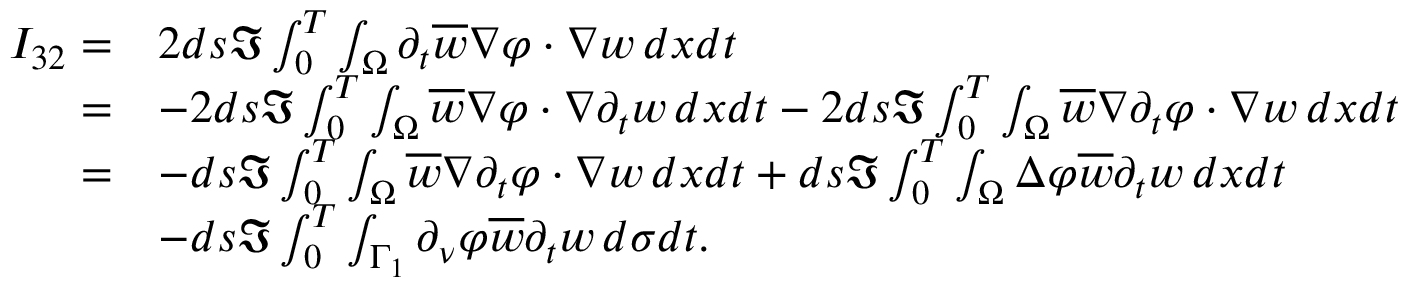
\begin{array} { r l } { I _ { 3 2 } = } & { 2 d s \Im \int _ { 0 } ^ { T } \int _ { \Omega } \partial _ { t } \overline { w } \nabla \varphi \cdot \nabla { w } \, d x d t } \\ { = } & { - 2 d s \Im \int _ { 0 } ^ { T } \int _ { \Omega } \overline { { w } } \nabla \varphi \cdot \nabla \partial _ { t } w \, d x d t - 2 d s \Im \int _ { 0 } ^ { T } \int _ { \Omega } \overline { { w } } \nabla \partial _ { t } \varphi \cdot \nabla w \, d x d t } \\ { = } & { - d s \Im \int _ { 0 } ^ { T } \int _ { \Omega } \overline { { w } } \nabla \partial _ { t } \varphi \cdot \nabla w \, d x d t + d s \Im \int _ { 0 } ^ { T } \int _ { \Omega } \Delta \varphi \overline { { w } } \partial _ { t } w \, d x d t } \\ & { - d s \Im \int _ { 0 } ^ { T } \int _ { \Gamma _ { 1 } } \partial _ { \nu } \varphi \overline { { w } } \partial _ { t } w \, d \sigma d t . } \end{array}